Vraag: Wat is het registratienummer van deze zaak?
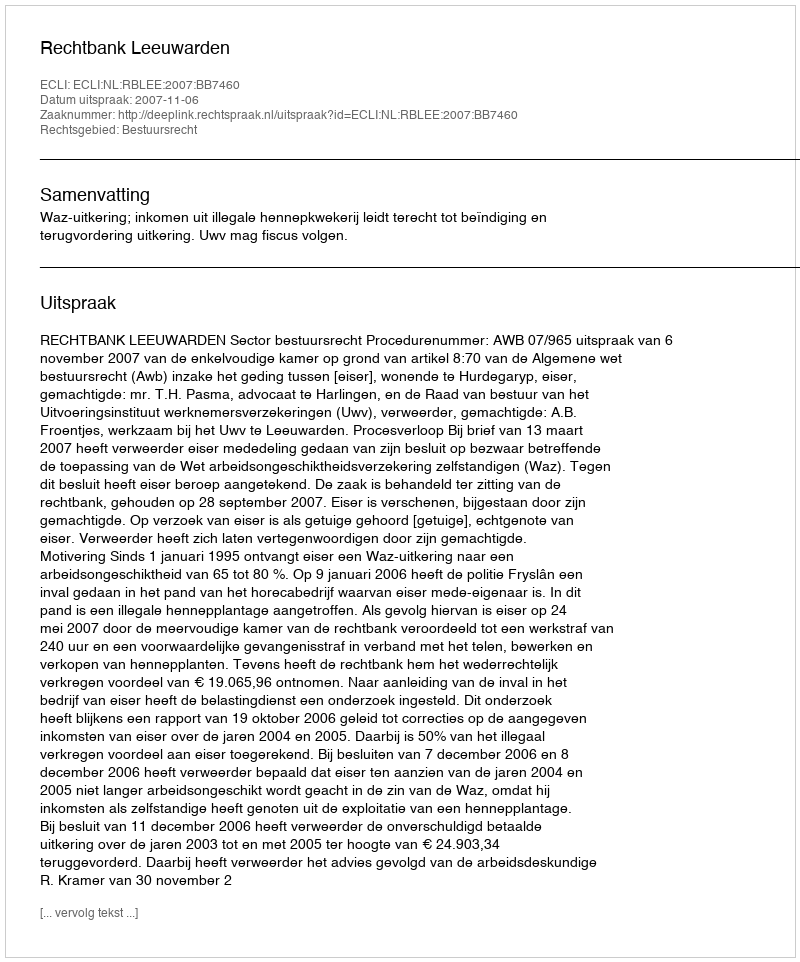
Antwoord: http://deeplink.rechtspraak.nl/uitspraak?id=ECLI:NL:RBLEE:2007:BB7460